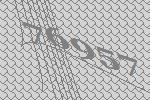
76957